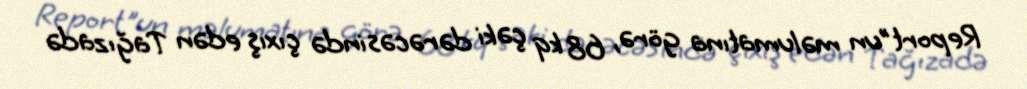
Report"un məlumatına görə, 68 kq çəki dərəcəsində çıxış edən Tağızadə